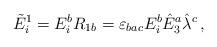
LaTeX: \begin{align*} \tilde{E}_i^1=E_i^bR_{1b}=\varepsilon_{bac}E_i^b\hat{E}_3^a\hat{\lambda}^c\,,\end{align*}